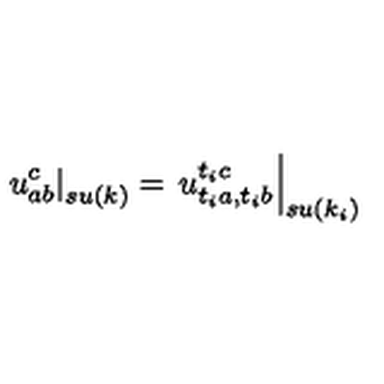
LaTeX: \left. u _ { a b } ^ { c } \right| _ { s u ( k ) } = \left. u _ { t _ { i } a , t _ { i } b } ^ { t _ { i } c } \right| _ { s u ( k _ { i } ) }